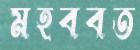
মহববত